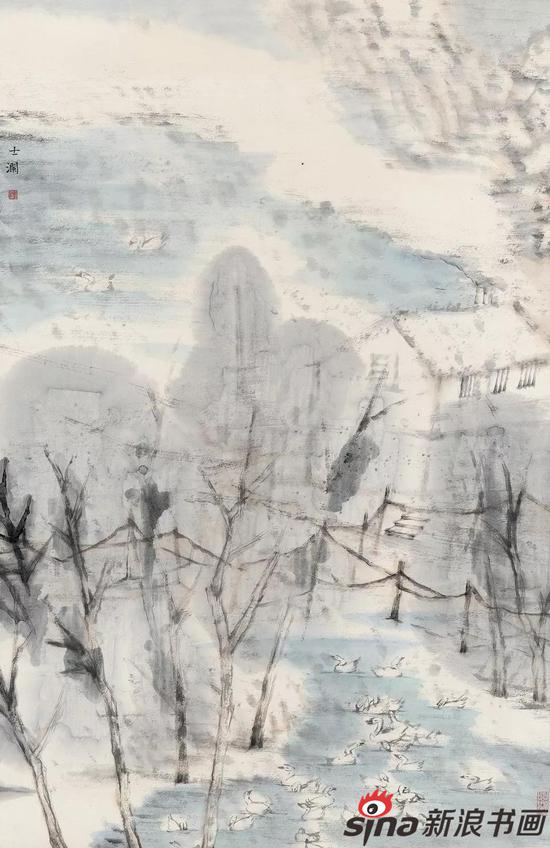
只言啼鸟堪求侣，无那春风欲送行。